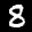
Label: 8